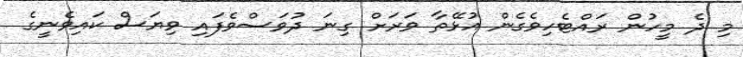
މި ދެ މީހުން ރައްޓެހިވެގެން އުޅޭތާ ވަރަށް ގިނަ ދުވަސްވެފައި ވިޔަސް ކައިވެނީގެ